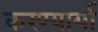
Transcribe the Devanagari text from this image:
करण्यार्या